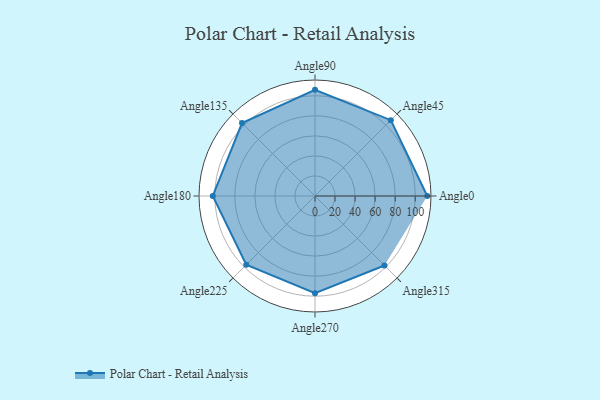
{"axis": {"x": "Angle", "y": "Radius"}, "legend": [""], "data": [{"x": "Angle0", "y": 112.0, "type": ""}, {"x": "Angle45", "y": 107.0, "type": ""}, {"x": "Angle90", "y": 106.0, "type": ""}, {"x": "Angle135", "y": 103.0, "type": ""}, {"x": "Angle180", "y": 102.0, "type": ""}, {"x": "Angle225", "y": 97.0, "type": ""}, {"x": "Angle270", "y": 97.0, "type": ""}, {"x": "Angle315", "y": 98.0, "type": ""}]}